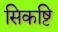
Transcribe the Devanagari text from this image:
सिकष्टि